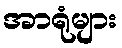
အာရုံများ